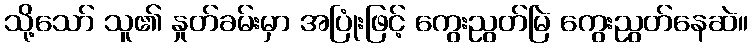
သို့သော် သူ၏ နှုတ်ခမ်းမှာ အပြုံးဖြင့် ကွေးညွတ်မြဲ ကွေးညွတ်နေဆဲ။